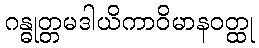
ဂန္ဓုတ္တမဒါယိကာဝိမာနဝတ္ထု